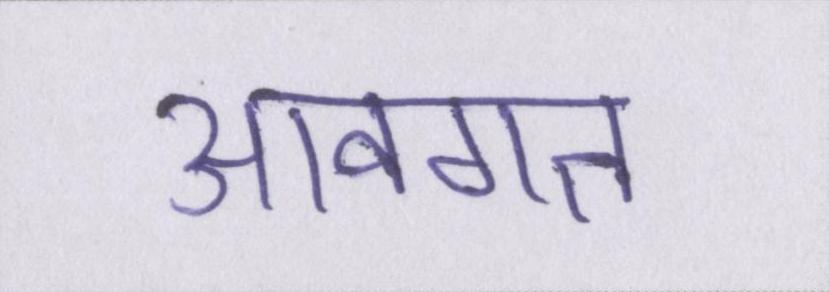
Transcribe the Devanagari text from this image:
आवगत